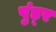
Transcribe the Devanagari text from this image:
पुंड़्र